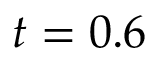
t = 0 . 6